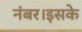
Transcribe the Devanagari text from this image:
नंबर।इसके